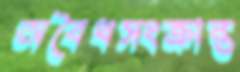
অবৈধসংক্রান্ত